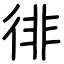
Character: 徘